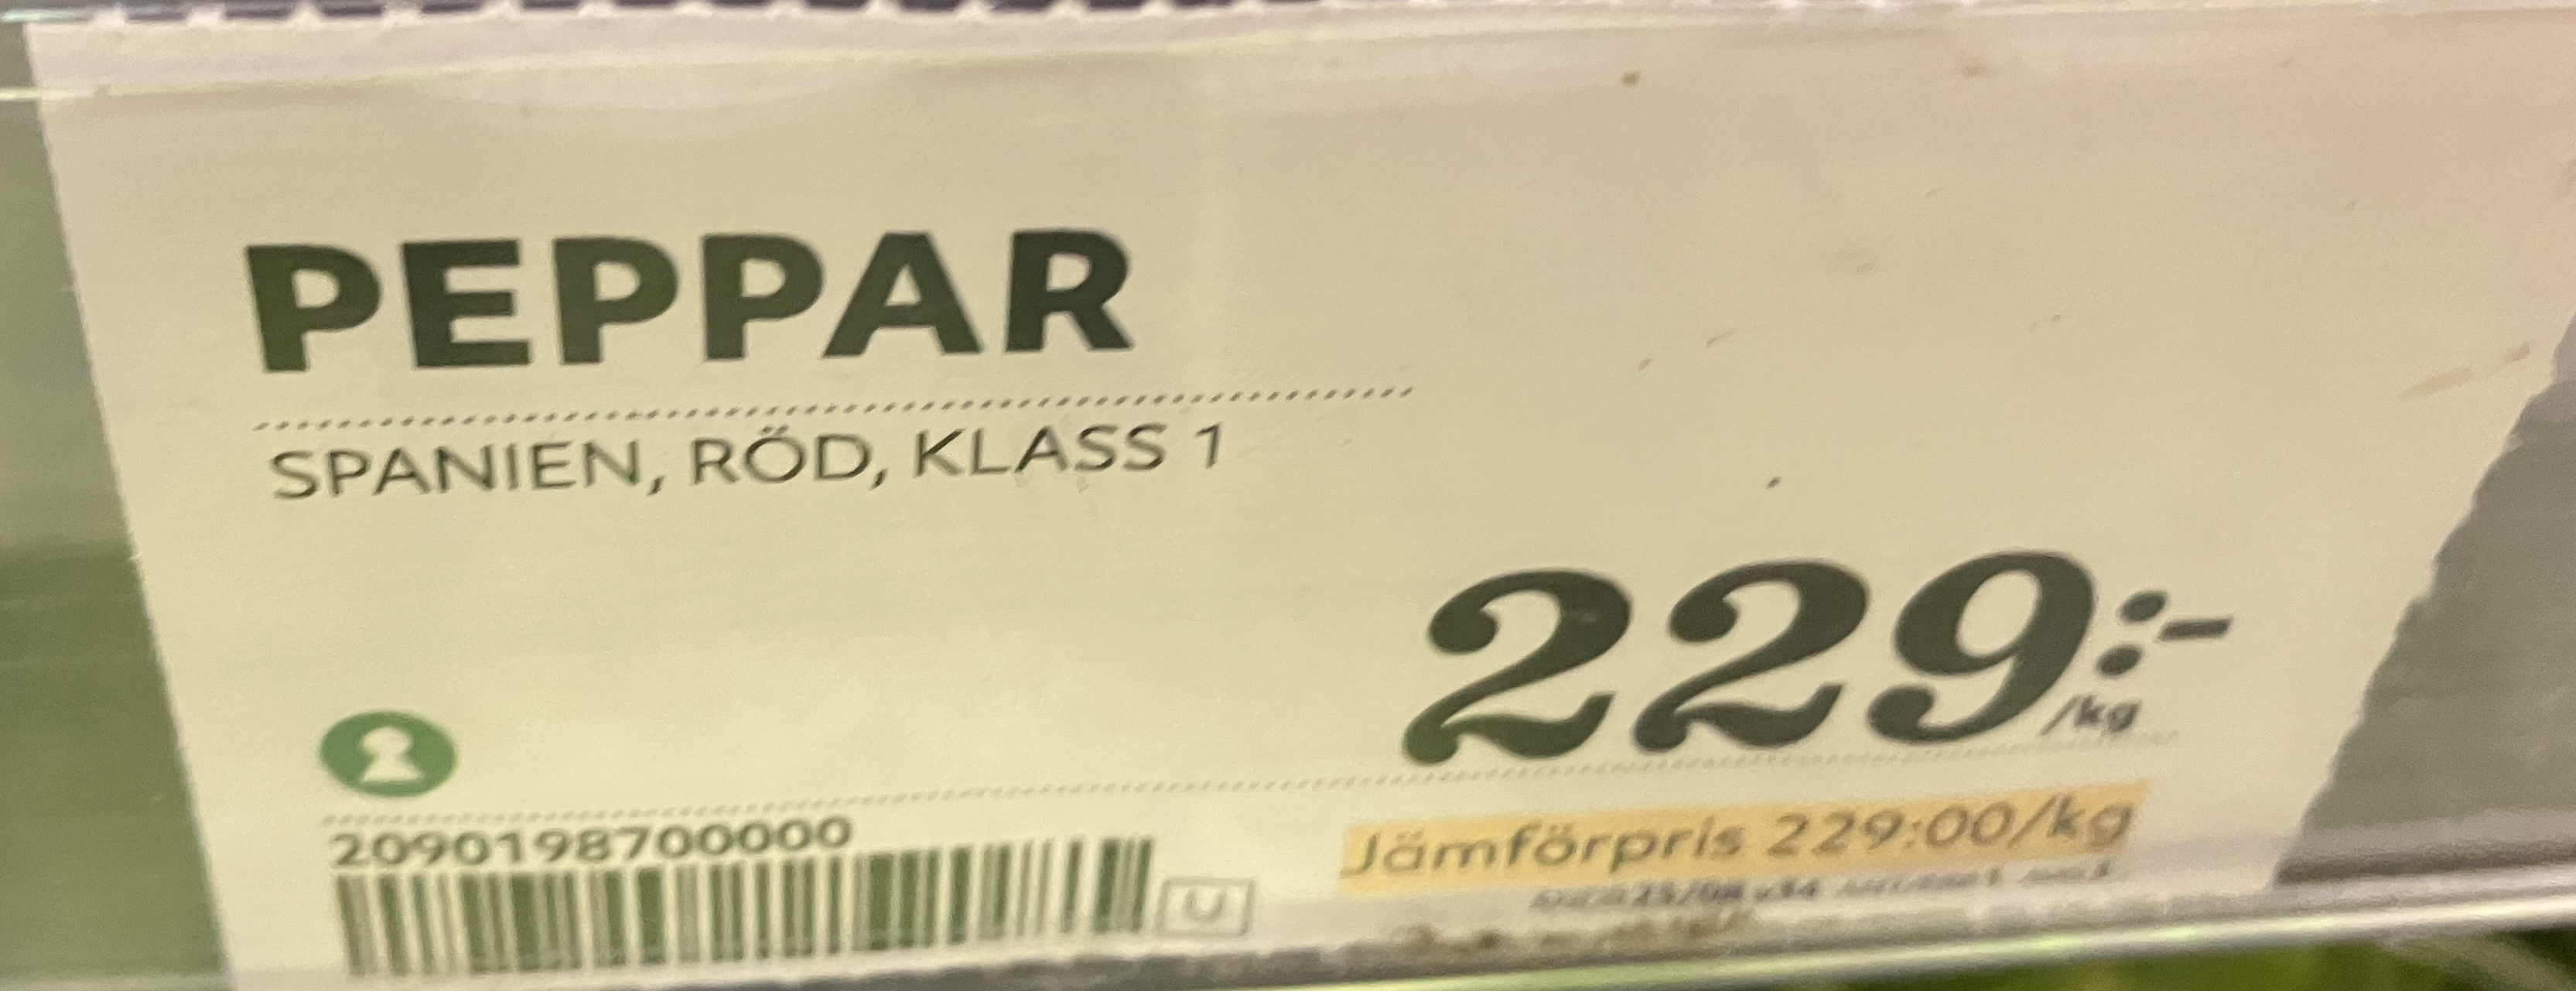
Vara: Peppar
Genomsnittspris: 229 per kg